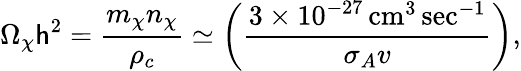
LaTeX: \Omega_{\chi}\mathsf{h}^{2}={\frac{{m_{\chi}n_{\chi}}}{{\rho_{c}}}}\simeq\left({\frac{{3\times10^{-27}\, \mathrm{{cm}}^{3}\, \mathrm{{sec}}^{-1}}}{{\sigma_{A}v}}}\right),